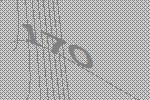
170